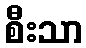
စီးသာ